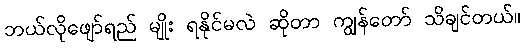
ဘယ်လိုဖျော်ရည် မျိုး ရနိုင်မလဲ ဆိုတာ ကျွန်တော် သိချင်တယ်။